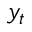
y _ { t }